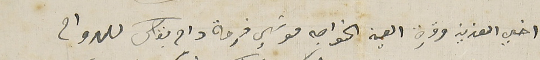
اخي العزيز وقرة العين الخواجه موسَي فرحة دام بقاك للدوام